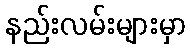
နည်းလမ်းများမှာ